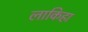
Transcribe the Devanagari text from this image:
लाकिहा